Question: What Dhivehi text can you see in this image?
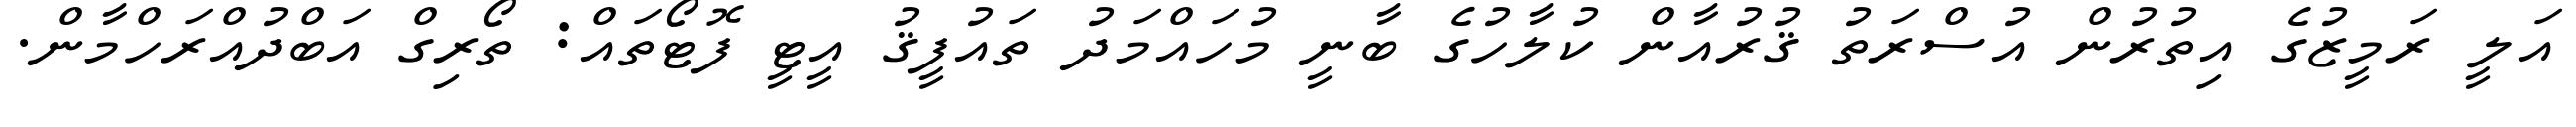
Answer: އަލީ ރަމީޒުގެ އިތުރުން އުސްރަތު ޤުރުއާން ކުލާހުގެ ބާނީ މުހައްމަދު ތައުފީޤު އީޓީ ފޮޓޯތައް: ތޯރިގް އަބްދުއްރަހްމާން.